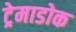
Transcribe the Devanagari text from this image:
ट्रेमाडोक